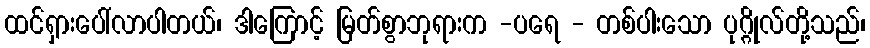
ထင်ရှားပေါ်လာပါတယ်၊ ဒါကြောင့် မြတ်စွာဘုရားက -ပရေ - တစ်ပါးသော ပုဂ္ဂိုလ်တို့သည်၊